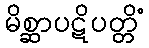
မိစ္ဆာပဋိပတ္တိံ